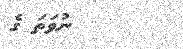
ނުވަތަ ގެ